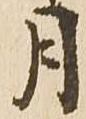
月